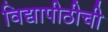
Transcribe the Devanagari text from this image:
विद्यापीठीची